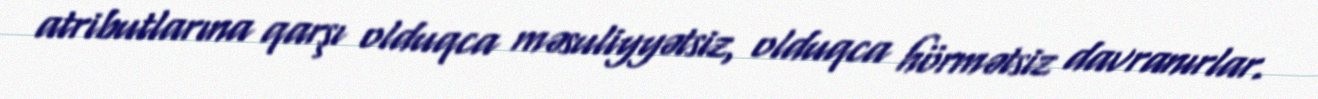
atributlarına qarşı olduqca məsuliyyətsiz, olduqca hörmətsiz davranırlar.